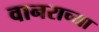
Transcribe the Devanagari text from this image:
वानराच्या